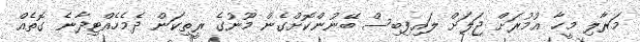
މަރާލި މީހާ އުމުރަށް ޖަލަށް ލައިފިބިސް ބޭނުންކޮށްގެން މޫނުގެ ރީތިކަން ދެމެހެއްޓިދާނެ ގޮތެއް